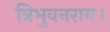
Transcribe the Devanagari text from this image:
त्रिभुवनराय।